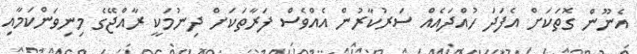
އެނޫން ގޮތަކަށް އެފަދަ ހުއްދައެއް ސަރުކާރުން އެއްވެސް ފަރާތަކަށް ދިނުމަކީ ރާއްޖޭގެ މިނިވަންކަމާއި